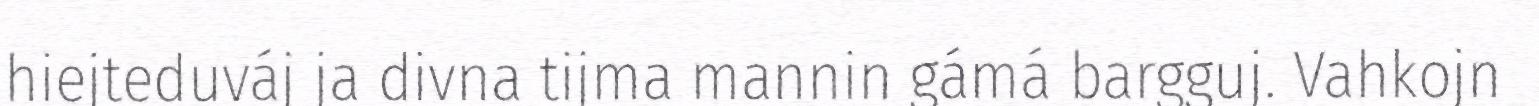
hiejteduváj ja divna tijma mannin gámá bargguj. Vahkojn